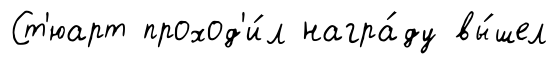
Ст'юарт проход'и́л награ́ду вы́шел